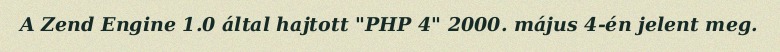
A Zend Engine 1.0 által hajtott "PHP 4" 2000. május 4-én jelent meg.